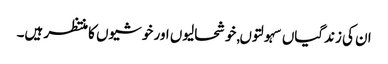
ان کی زندگیاں سہولتوں,خوشحالیوں اور خوشیوں کا منتظر ہیں۔